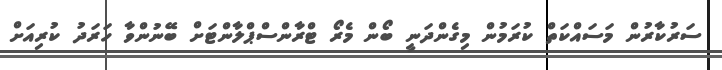
ސަރުކާރުން މަސައްކަތް ކުރަމުން މިގެންދަނީ ބޯން މެރޯ ޓްރާންސްޕްލާންޓަށް ބޭނުންވާ ހަރަދު ކުރިއަށް